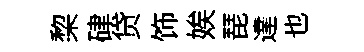
棃硉贷饰娭琵達也